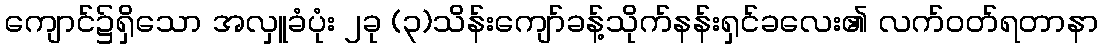
ကျောင်၌ရှိသော အလှူခံပုံး ၂ခု (၃)သိန်းကျော်ခန့်သိုက်နန်းရှင်ခလေး၏ လက်ဝတ်ရတာနာ